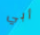
أبي